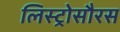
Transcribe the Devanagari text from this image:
लिस्ट्रोसौरस